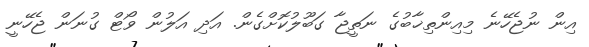
އިން ނުޖެހޭނެ މިއިންތިޚާބުގެ ނަތީޖާ ގަބޫލުކޮށްގެން. އަދި އަލުން ވޯޓް ގުނަން ޖެހޭނީ